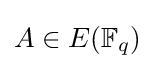
A\in E(\mathbb {F} _{q})